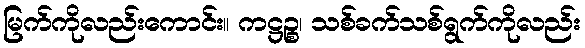
မြက်ကိုလည်းကောင်း။ ကဋ္ဌဉ္စ၊ သစ်ခက်သစ်ရွက်ကိုလည်း